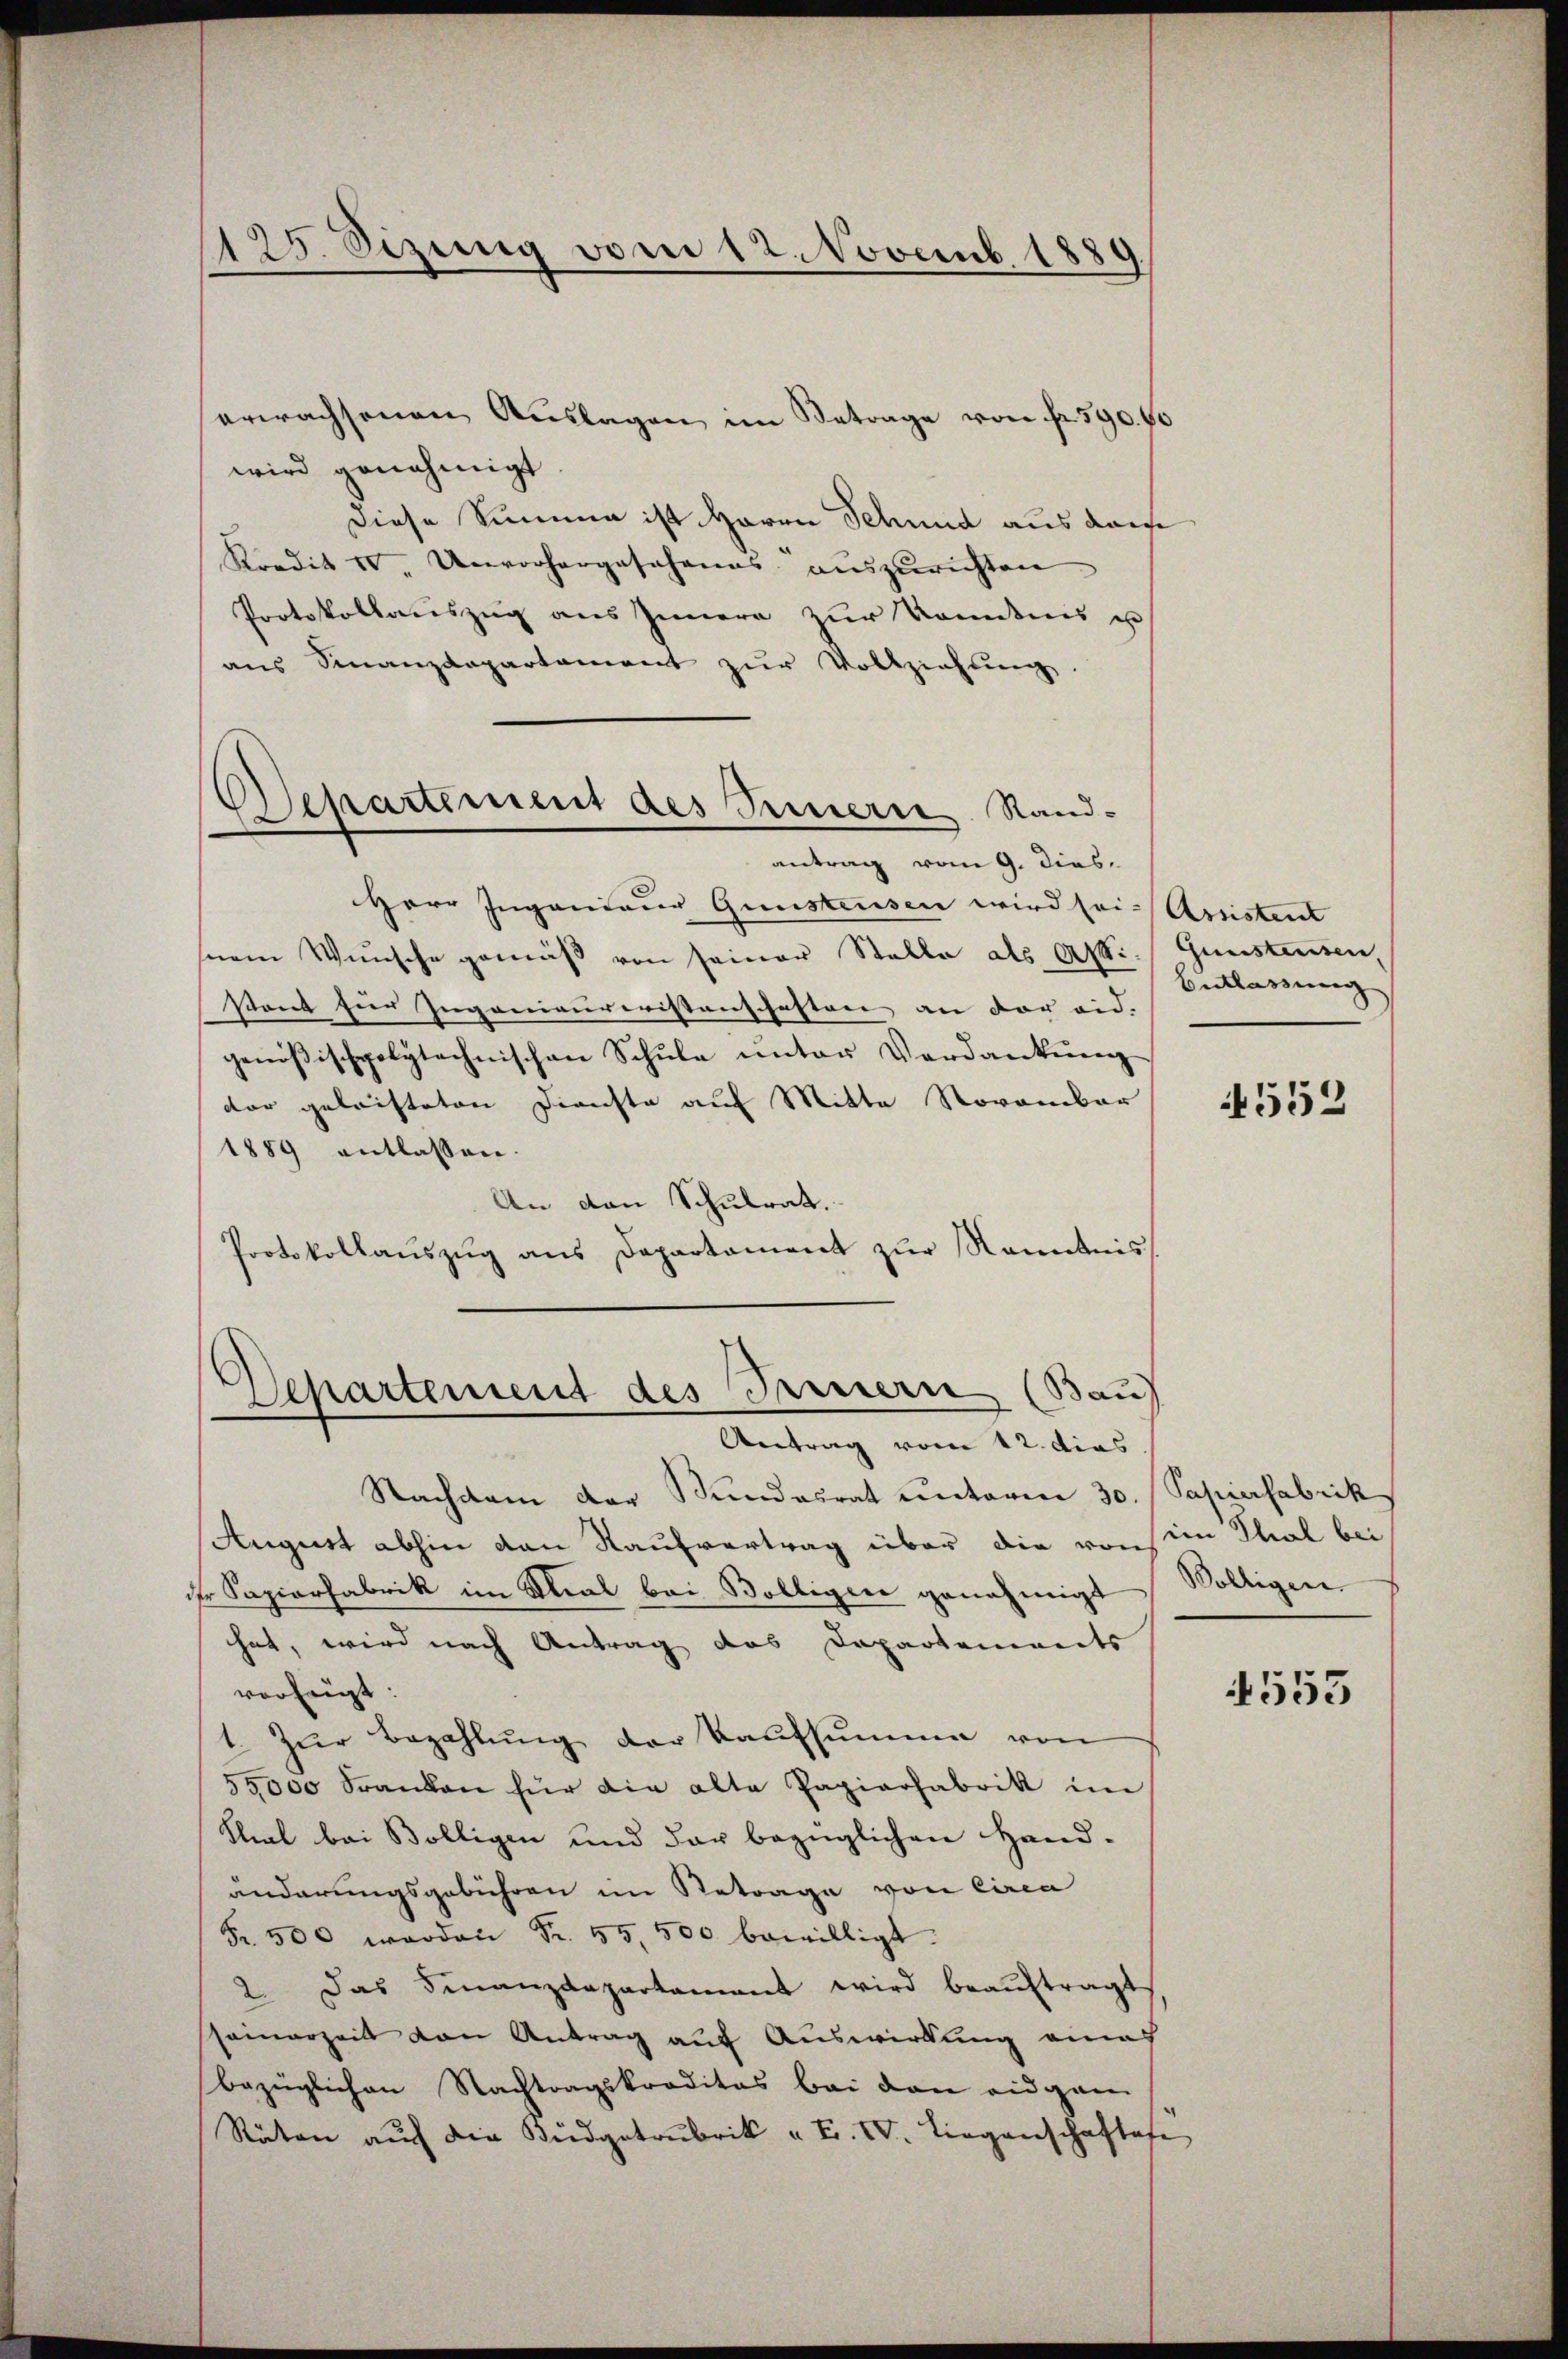
125. Sizung vom 12. Novemb. 1880

erwachsenen Aŭslagen im Betrage von fr. 590. 60
wird genehmigt.
Diese Summen ist Herrn Schmid aus dam
Kredit IV. Unvorhergesehenes auszurichten
Protokollauszug aus Innern zur Kenntnis u
aus Finanzdepartament zur Vollziehung
Herr Ingenieur Gunstensen wird sei- Assistent
nem Wunsche gemäß von seiner Stelle als Asti Gunsteusen,
stand hier Jugenieureristenschaften an der eid. |
genößischpolytechnischen Schŭle unter Verdankŭng
dar geleisteten Dienste auf Mitta November
1889 entlassen.
An den Schulrat.
Protokollauszug aus Departament zur Kenntnis

Separtement des Innern Rand-
antrag vom 9. dies

Separtement des Brennern (Bau
Antrag vom 12. dies

Entlassung

Nachdem der Bundesrat unterm 30.
August abhin den Kaufvertrag über die vonsein Thal bei
dr Sapierfabrik im Stral bei Völligen genehmigt Völligen
hat, wird nach Antrag das Departements
verzeigt:
1. Zŭr Bezahlŭng der Kaufsumme von
55000 Franken für die alte Papierfabrik im
Stial bei Bölligen und der bezüglichen Hand-
änderungsgebühren im Retrage von Circa
Fr. 500 werden Fr. 55, 500 bewilligt.
2. Das Finanzdepartamant wird beaŭftragt
seinerzeit von Antrag auf Auswirkung eina
bezüglichen Nachtragskreditas bei den eidgan
Räten aŭf die Büdgetrubrik „ F. IV. Liegenschaftafe

4552

Papierfabrik

553